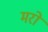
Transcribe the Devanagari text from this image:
मरों